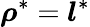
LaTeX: \boldsymbol{\rho}^{*}=\boldsymbol{l}^{*}